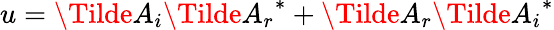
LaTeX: u=\Tilde{A}_{i}{\Tilde{A}_{r}}^{*}+\Tilde{A}_{r}{\Tilde{A}_{i}}^{*}